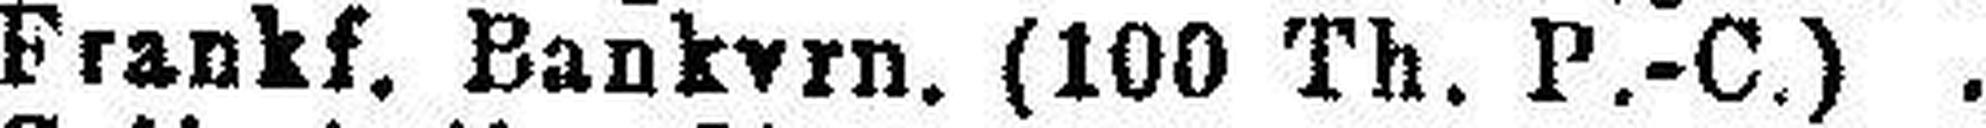
Frankf. Bank###rn. (100 Th. P.-C.)